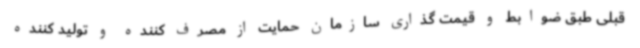
قبلی طبق ضوابط و قیمت گذاری سازمان حمایت از مصرف کننده و تولید کننده